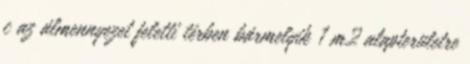
c az álmennyezet feletti térben bármelyik 1 m2 alapterületre